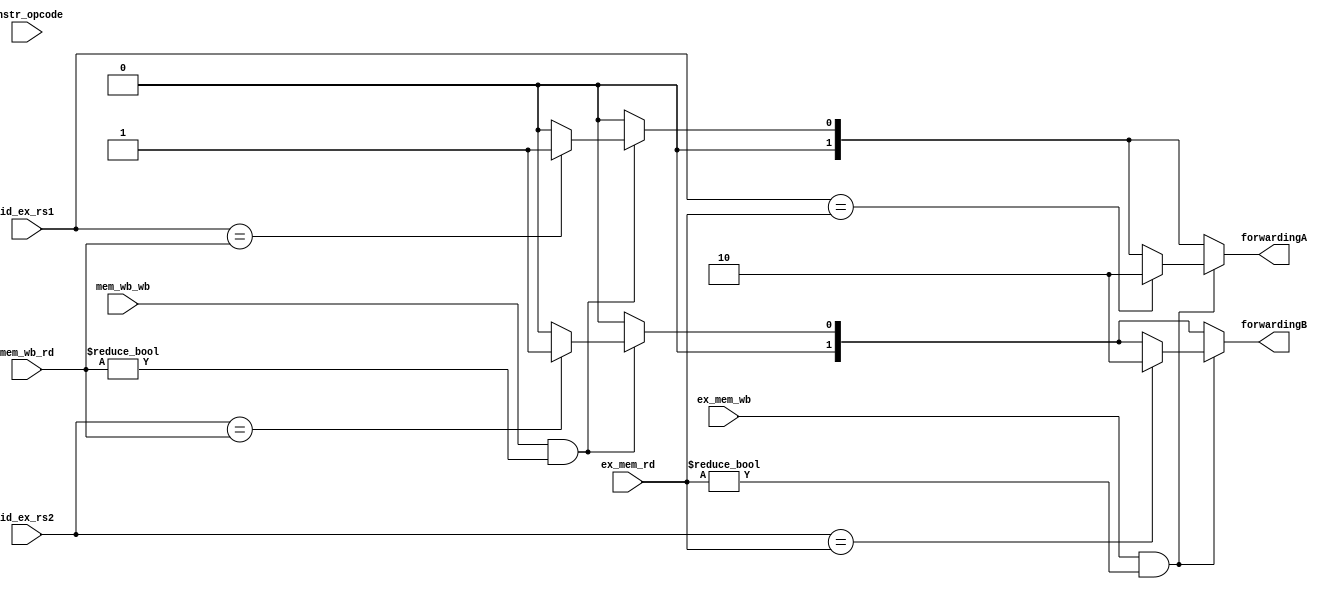
module hazard_forward(
    input [4:0] id_ex_rs1, id_ex_rs2,
    input ex_mem_wb, mem_wb_wb,
    input [4:0] ex_mem_rd, mem_wb_rd,
    input [6:0] instr_opcode,   // itype_r instruction's rs2 not considerred. 

    output reg [1:0] forwardingA, forwardingB

    // input ex_no_rs2, mem_no_rs2
    // output reg rd2_sel
);
// reg flag, flagu;
always @* begin
    // if (instr_opcode == 7'b0110111)flagu=1'b1;
    // else flagu = 1'b0;   // not consider read data 1 when lui
    
    // if ((instr_opcode == 7'b0110111)|| (instr_opcode == 7'b0000011))flag=1'b1;
    // else flag = 1'b0;   // not consider read data 2 when I-type or lui

    forwardingA = 2'b00;
    forwardingB = 2'b00;    // default
    
    if (mem_wb_wb && (mem_wb_rd != 5'b00000)) begin
        // mem -> ex
        if ((id_ex_rs1 == mem_wb_rd) /*&& !flagu*/) forwardingA = 2'b01;
        if ((id_ex_rs2 == mem_wb_rd) /*&& !flag*/) forwardingB = 2'b01;
    end
    if (ex_mem_wb && (ex_mem_rd != 5'b00000)) begin
        // ex -> ex
        if ((id_ex_rs1 == ex_mem_rd) /*&& !flagu*/) forwardingA = 2'b10;
        if ((id_ex_rs2 == ex_mem_rd) /*&&!flag*/) forwardingB = 2'b10;
    end
    
    // EX->EX forwarding is superior than MEM->EX
end

endmodule